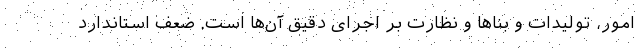
امور، تولیدات و بناها و نظارت بر اجرای دقیق آن‌ها است. ضعف استاندارد